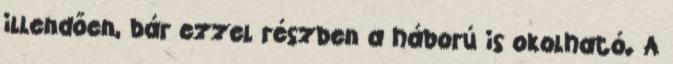
illendően, bár ezzel részben a háború is okolható. A